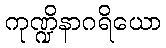
ကုဏ္ဍိနာဂရိယော